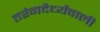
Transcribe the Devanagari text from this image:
तरंगदैर्ध्यवाली